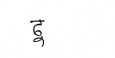
मजकूर: ढू